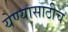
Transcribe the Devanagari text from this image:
येण्यासाठीच